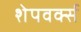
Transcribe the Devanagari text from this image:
शेपवर्क्स